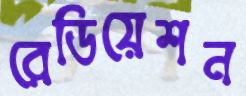
রেডিয়েশন